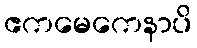
ဧကမေကေနာပိ